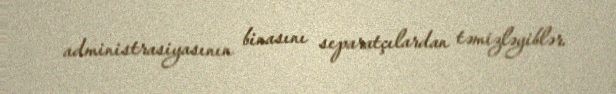
administrasiyasının binasını separatçılardan təmizləyiblər.